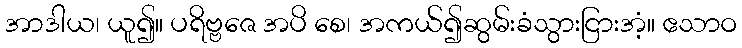
အာဒါယ၊ ယူ၍။ ပရိဗ္ဗဇေ အပိ စေ၊ အကယ်၍ဆွမ်းခံသွားငြားအံ့။ ဧသာဝ